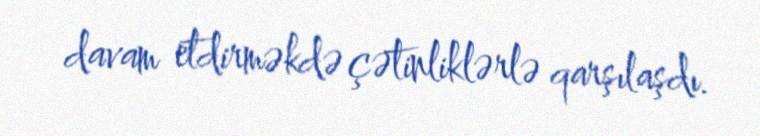
davam etdirməkdə çətinliklərlə qarşılaşdı.